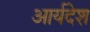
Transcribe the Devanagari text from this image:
आर्यदेश